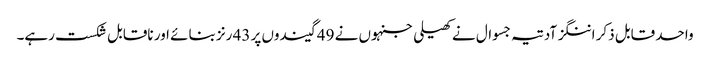
واحد قابل ذکر اننگز آدتیہ جسوال نے کھیلی جنہوں نے 49 گیندوں پر 43 رنز بنائے اور ناقابل شکست رہے۔